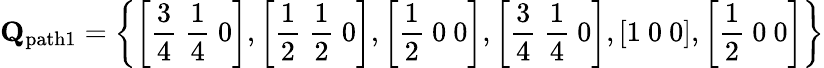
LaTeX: \mathbf{Q}_{\mathrm{path1}}=\left\{ \left[\frac{3}{4}\ \frac{1}{4}\ 0\right],\left[\frac{1}{2}\ \frac{1}{2}\ 0\right],\left[\frac{1}{2}\ 0\ 0\right],\left[\frac{3}{4}\ \frac{1}{4}\ 0\right],\left[1\ 0\ 0\right],\left[\frac{1}{2}\ 0\ 0\right]\right\}